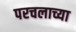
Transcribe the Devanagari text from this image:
परचलाच्या